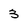
Character: 3